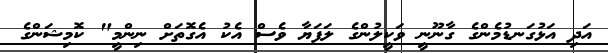
އަދި އަޅުގަނޑުމެންގެ ގާނޫނީ ވަކީލުންގެ ލަފަޔާ ވެސް އެކު އެގޮތަށް ނިންމީ" ކޮމިޝަންގެ